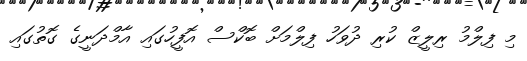
މި ފިލްމު ރިލީޒް ކުރި ދުވަހު ފިލްމަށް ބޮކްސް އޮފީހުގައި އާމްދަނީގެ ގޮތުގައި